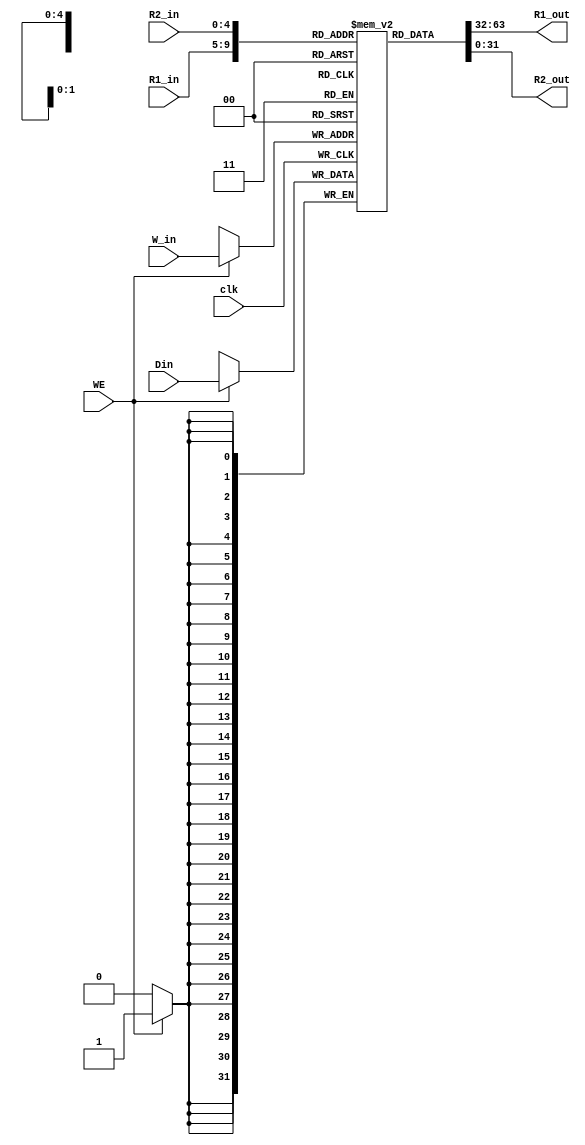
`timescale 1ns / 1ps

module RegFile(R1_in, R2_in, W_in, Din, WE, clk, R1_out, R2_out);
    parameter WIDTH=32;     //32
    input [4:0] R1_in;      //A
    input [4:0] R2_in;      //B
    input [4:0] W_in;       //
    input [WIDTH-1:0] Din;  //
    input WE,clk;   //
    output [WIDTH-1:0] R1_out;  //A
    output [WIDTH-1:0] R2_out;  //B

    reg [WIDTH-1:0]Reg[31:0];       //32
    integer i;
    initial begin       //0
        for(i=0; i<32; i=i+1) Reg[i]=0;
    end

    always @(posedge clk) begin
        if(WE)  Reg[W_in] = Din;
    end

    assign R1_out = Reg[R1_in];
    assign R2_out = Reg[R2_in];
endmodule